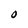
Character: O